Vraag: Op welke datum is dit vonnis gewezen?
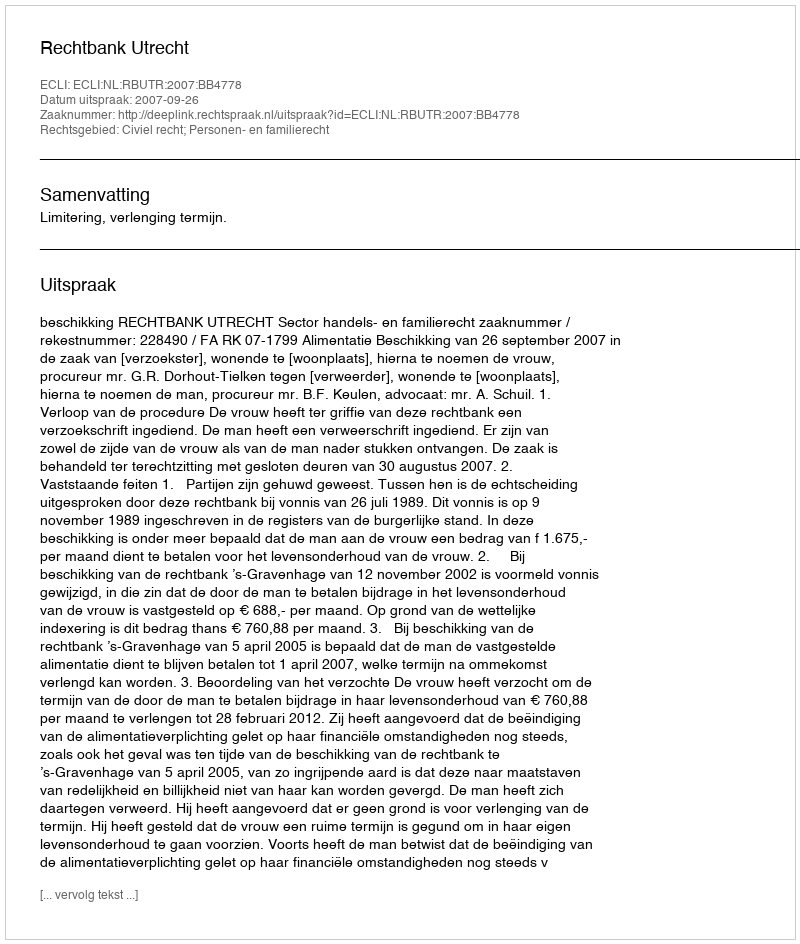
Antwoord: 2007-09-26